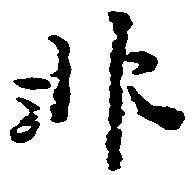
非